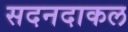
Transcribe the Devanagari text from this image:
सदनदाकल